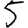
Digit: 5